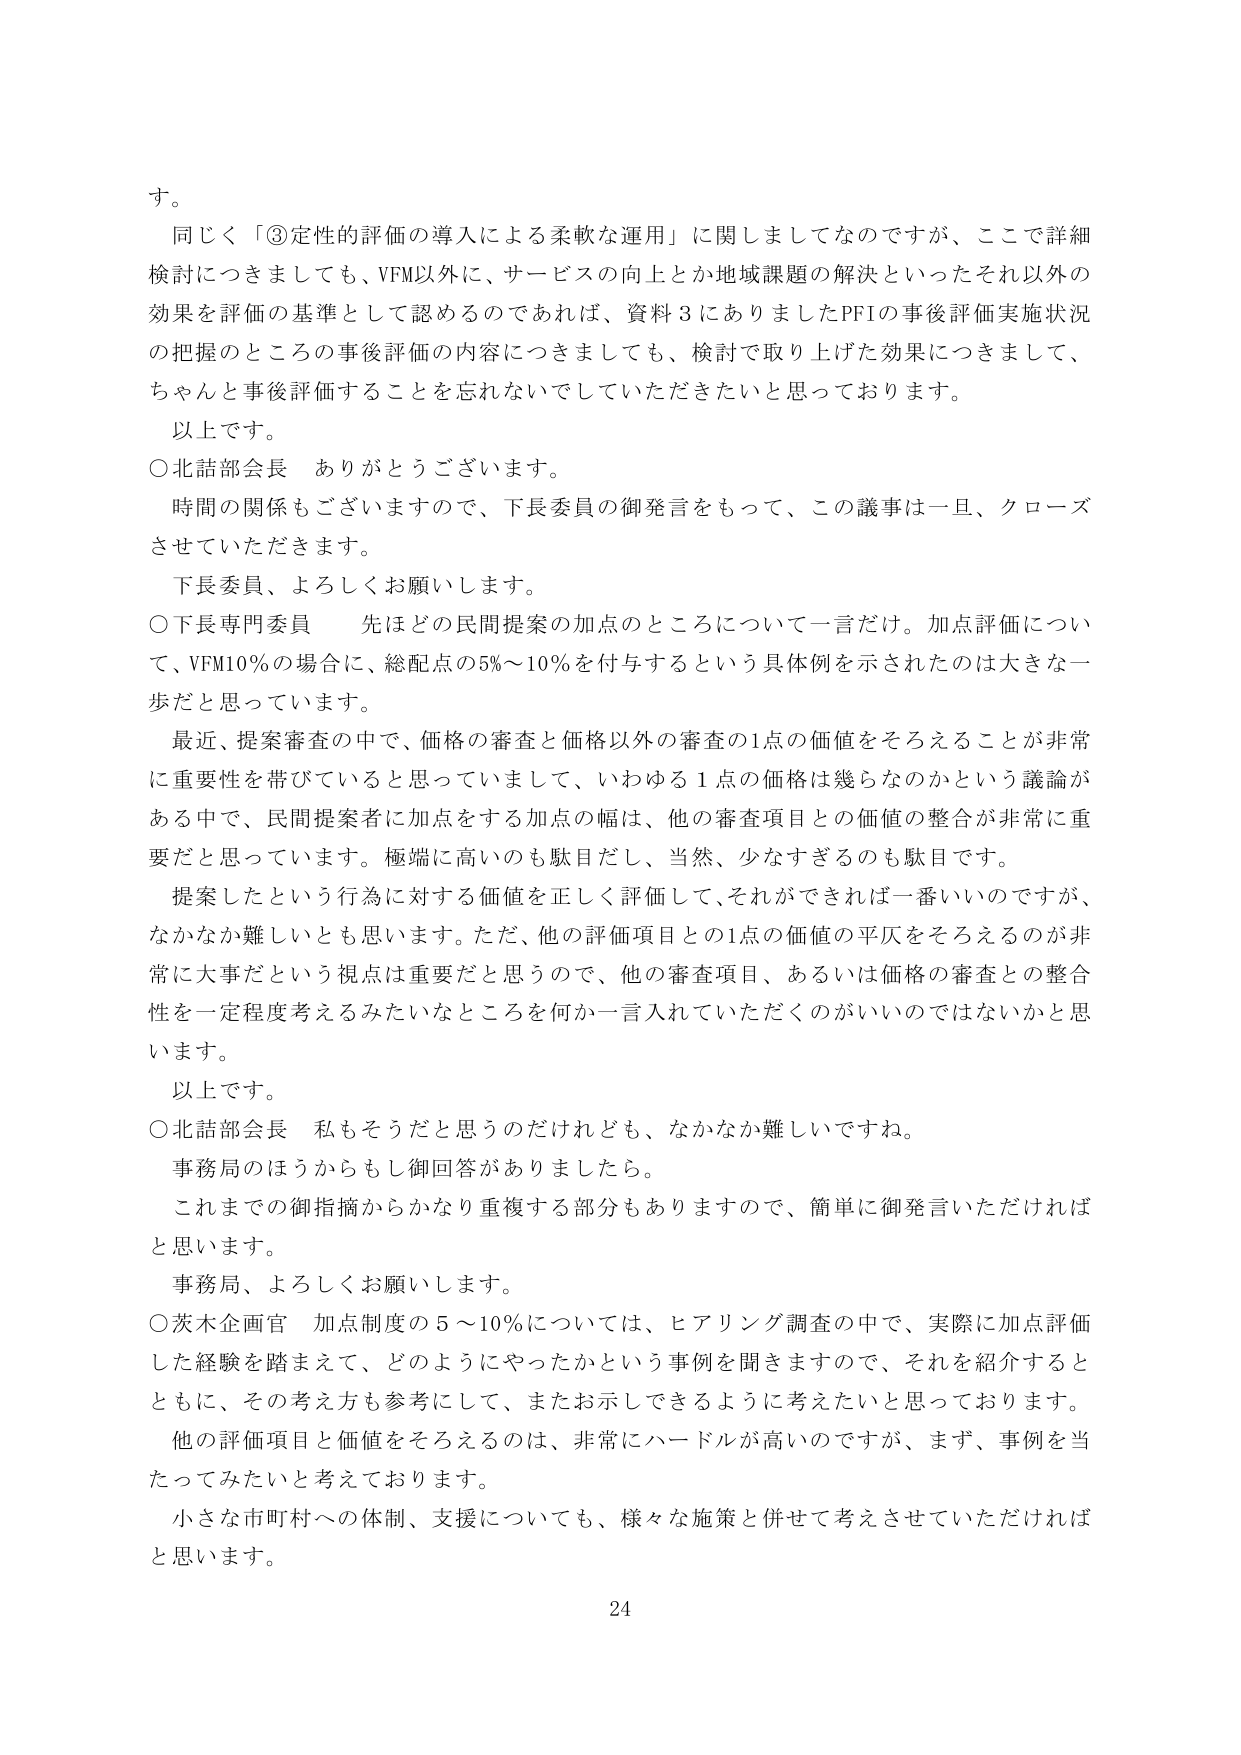
す。

同じく「③定性的評価の導入による柔軟な運用」に関しましてなのですが、ここで詳細検討につきましても、VFM以外に、サービスの向上とか地域課題の解決といったそれ以外の効果を評価の基準として認めるのであれば、資料３にありましたPFIの事後評価実施状況の把握のところの事後評価の内容につきましても、検討で取り上げた効果につきまして、ちゃんと事後評価することを忘れないでしていただきたいと思っております。

以上です。

○北詰部会長　ありがとうございます。

時間の関係もございますので、下長委員の御発言をもって、この議事は一旦、クローズさせていただきます。

下長委員、よろしくお願いします。

○下長専門委員　先ほどの民間提案の加点のところについて一言だけ。加点評価について、VFM10％の場合に、総配点の5％～10％を付与するという具体例を示されたのは大きな一歩だと思っています。

最近、提案審査の中で、価格の審査と価格以外の審査の1点の価値をそろえることが非常に重要性を帯びていると思っていまして、いわゆる1点の価格は幾らなのかという議論がある中で、民間提案者に加点をする加点の幅は、他の審査項目との価値の整合が非常に重要だと思っています。極端に高いのも駄目だし、当然、少なすぎるのも駄目です。

提案したという行為に対する価値を正しく評価して、それができれば一番いいのですが、なかなか難しいとも思います。ただ、他の評価項目との1点の価値の平仄をそろえるのが非常に大事だという視点は重要だと思うので、他の審査項目、あるいは価格の審査との整合性を一定程度考えるみたいなところを何か一言入れていただくのがいいのではないかと思います。

以上です。

○北詰部会長　私もそうだと思うのだけれども、なかなか難しいですね。

事務局のほうからもし御回答がありましたら。

これまでの御指摘からかなり重複する部分もありますので、簡単に御発言いただければと思います。

事務局、よろしくお願いします。

○茨木企画官　加点制度の5～10％については、ヒアリング調査の中で、実際に加点評価した経験を踏まえて、どのようにやったかという事例を聞きますので、それを紹介するとともに、その考え方も参考にして、またお示しできるように考えたいと思っております。

他の評価項目と価値をそろえるのは、非常にハードルが高いのですが、まず、事例を当たってみたいと考えております。

小さな市町村への体制、支援についても、様々な施策と併せて考えさせていただければと思います。

24